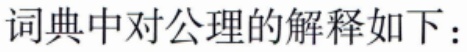
词典中对公理的解释如下：